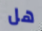
هل